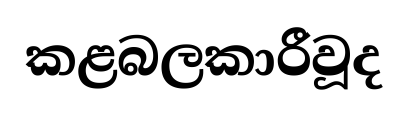
කළබලකාරීවූද